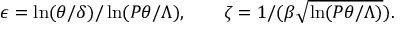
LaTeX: \epsilon = \ln ( \theta / \delta ) / \ln ( P \theta / \Lambda ) \/ , \qquad \zeta = 1 / ( \beta \sqrt { \ln ( P \theta / \Lambda ) } ) .